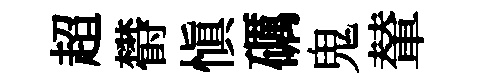
超欎慎礪鬼輦